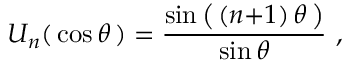
U _ { n } ( \, \cos \theta \, ) = { \frac { \sin { \big ( } \, ( n { + } 1 ) \, \theta \, { \big ) } } { \sin \theta } } ~ ,